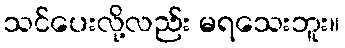
သင်ပေးလို့လည်း မရသေးဘူး။